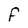
Character: F